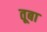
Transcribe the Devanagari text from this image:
तूबा